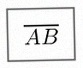
\overline{AB}